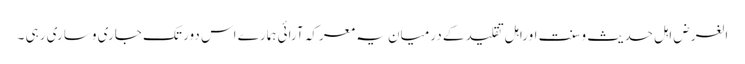
الغرض اہل حدیث وسنت اوراہل تقلید کے درمیان یہ معرکہ آرائی ہمارے اس دور تک جاری وساری رہی ۔